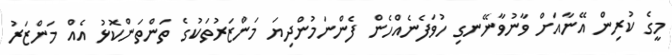
މީގެ ކުރިން އޭނާއަށް ވާނުވާނޭނގި ހުވަފެނެއްހެން ފެންނަމުންދިޔަ މަންޒަރުތަކުގެ ތަންތަންކޮޅު އެއް މަންޒަރު